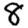
Digit: 8